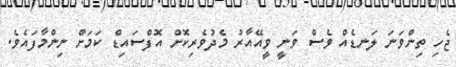
ޖެހި ތިންވަނަ ލަނޑެއް ވެސް ވަނީ ވީއޭއާރު މެދުވެރިކޮށް އޮފްސައިޑް ކަމަށް ނިންމާފައެވެ.